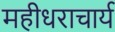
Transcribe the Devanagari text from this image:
महीधराचार्य